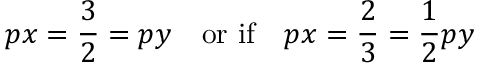
p x = \frac { 3 } { 2 } = p y \quad \mathrm { o r \ i f } \quad p x = \frac { 2 } { 3 } = \frac { 1 } { 2 } p y